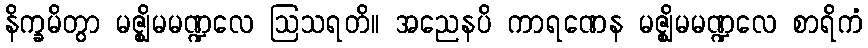
နိက္ခမိတွာ မဇ္ဈိမမဏ္ဍလေ ဩသရတိ။ အညေနပိ ကာရဏေန မဇ္ဈိမမဏ္ဍလေ စာရိကံ